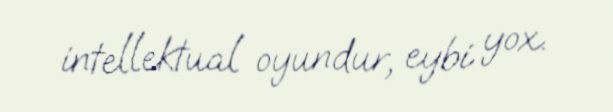
intellektual oyundur, eybi yox.